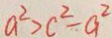
a ^ { 2 } > c ^ { 2 } - a ^ { 2 }